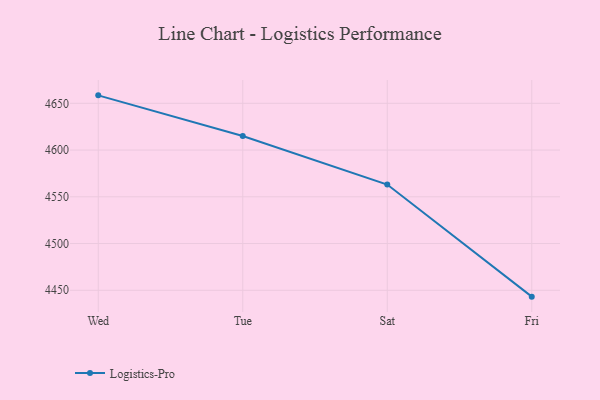
{"axis": {"x": "Day", "y": "Customer Acquisition Cost (USD)"}, "legend": ["Logistics-Pro"], "data": [{"x": "Wed", "y": 4658.5, "type": "Logistics-Pro"}, {"x": "Tue", "y": 4615.1, "type": "Logistics-Pro"}, {"x": "Sat", "y": 4563.1, "type": "Logistics-Pro"}, {"x": "Fri", "y": 4443.2, "type": "Logistics-Pro"}]}